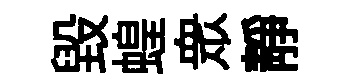
毀蝗衆靜